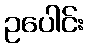
ဥပေါင်း